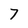
Character: 7